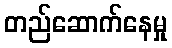
တည်ဆောက်နေမှု